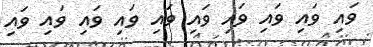
ވައި ވައި ވައި ވައި ވައި ވައި ވައި ވައި ވައި ވައި